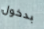
بدخول